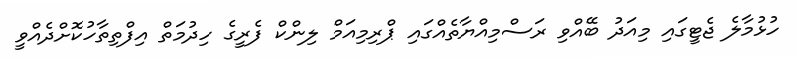
ހުޅުމާލެ ޖެޓީގައި މިއަދު ބޭއްވި ރަސްމިއްޔާތެއްގައި ޕްރިމިއަމް ލިންކް ފެރީގެ ހިދުމަތް އިފްތިތާހުކޮށްދެއްވީ